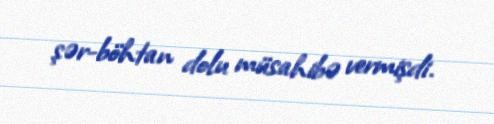
şər-böhtan dolu müsahibə vermişdi.